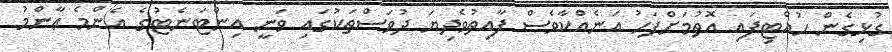
ގުޅިގެން ހުއްޓިފައި އޮތުމަށްފަހު އަނެއްކާވެސް ފާއިތުވެދިޔަ ދުވަސްތަކުގައި ވަނީ އިންޓަނެޓުގެ އެންމެ ޢާންމު